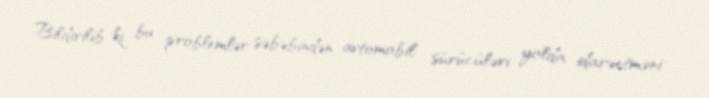
Bildirilib ki, bu problemlər səbəbindən avtomobil sürücüləri yolda idarəetməni